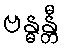
ဗန္ဓန္တီ